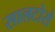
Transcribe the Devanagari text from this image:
सालटोरो